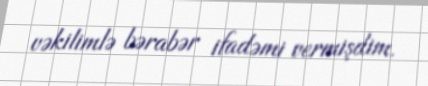
vəkilimlə bərabər ifadəmi vermişdim.